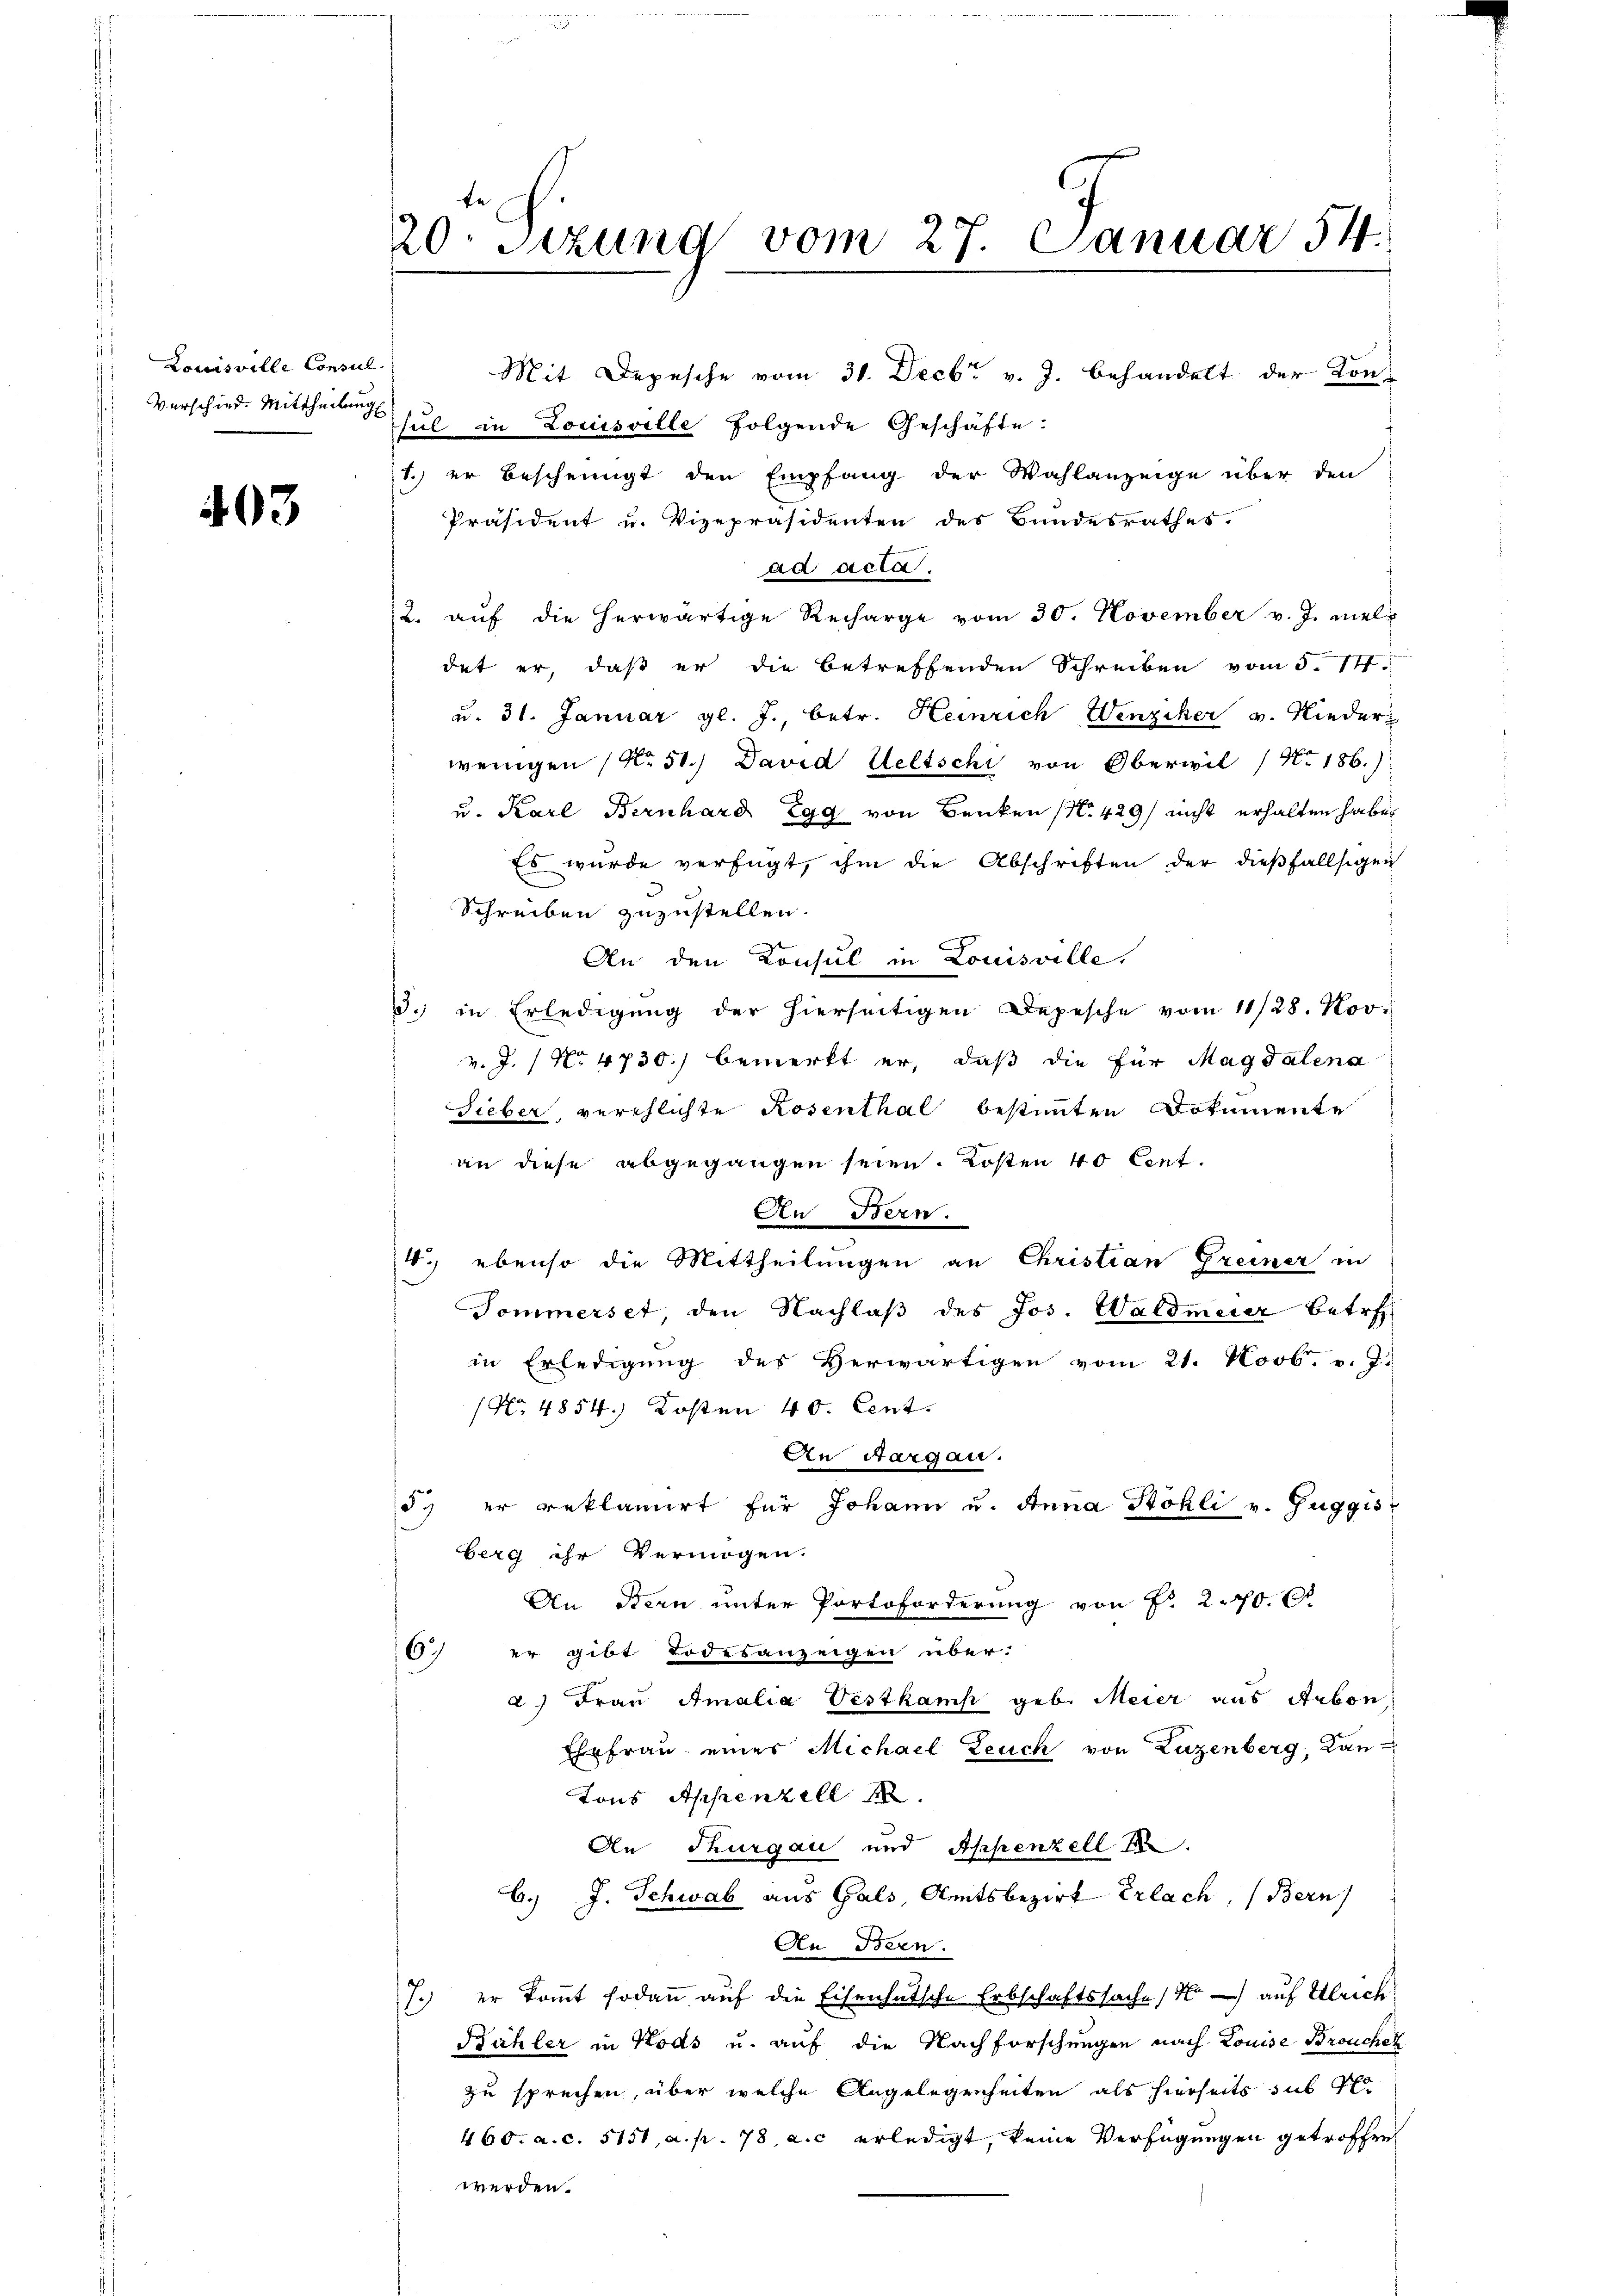
Louisville Consul
 Verschied. Mittheilung

403

Mit Depesche vom 31. Decbr v. J. behandelt der Kon-
Theil in Louisville folgende Geschäfte:
1.) er bescheinigt den Empfang der Wahlanzeige über den
Präsident u. Vizepräsidenten des Bundesrathes.
ad acta.
2. aŭf die herwärtige Recharge vom 30. November v. J. meldet er, daß er die betreffenden Schreiben vom 5. 141.
u. 31. Januar gl. J., betr. Heinrich Wenziker v. Nieder-
wenigen (No. 51.) David Weltschi von Oberwil 186.)
u. Karl Bernhard Egg von Benken (N. 429/ nicht erhalten habe.
Es wurde verfügt, ihm die Abschriften der dießfallsigen
Schreiben zuzustellen.
e
An den Konsul in Louisville,
3.) in Erledigung der hierseitigen Depesche vom 11/28. Nov.
v. J. 1 No 4730.) bemerkt er, daß die für Magdalena
Sieber, verschlichte Rosenthal bestimmten Dokumente
an diese abgegangen seien. Kosten 40 Cent.
An Bern.
4.) ebenso die Mittheilungen an Christian Greiner in
Tommerset den Nachlaβ des Jos. Waldmeier betr.
in Erledigung des Herwärtigen vom 21. Novb. v. J.
No. 4854.) Kosten 40. Cent.
An Aargau.
57 er reklamirt für Johann u. Anna Stöhli v. Zuggis
berg ihr Vermögen.
An Stern unter Portoforderung von Fr. 20.
16 er gibt Todesanzeigen über-
a.) Frau Amalia Vestkamp geb. Meier aus Arbon
Ehefrau eines Michael Leuch von Luzenberg, Kantons Appenzell
An Thurgau und Appenzell I.
6.) J. Schwab aus Gals, Amtsbezirk Erlach, (Bern
An Bern.
7.) er kommt sodann auf die Eisenhutsche Erbschaftssachen auf Ulrich
Bühler in Kods u. auf die Nachforschungen nach Louise Bronchal
zu sprechen, über welche Angelegenheiten als hierseits sub Pf
460. a. c. 5151, a. p. 78, a. c. erledigt, keine Verfügungen getroffen
werden.

20. Sitzung vom 27. Januar 54.